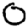
Digit: 0